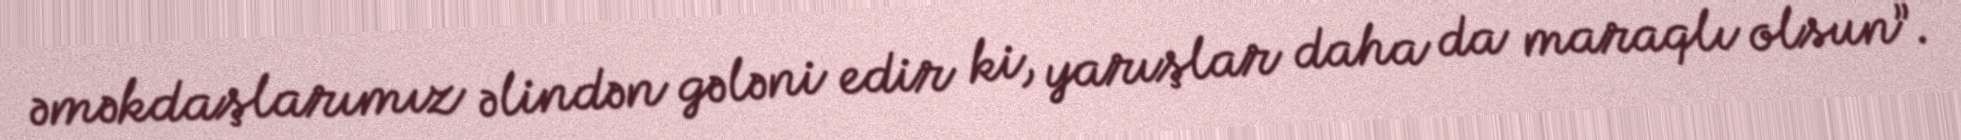
əməkdaşlarımız əlindən gələni edir ki, yarışlar daha da maraqlı olsun”.